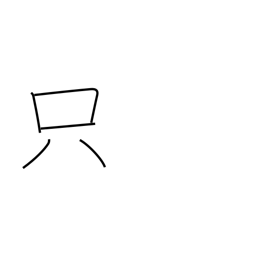
Meaning: free